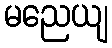
မညေယျ